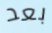
بعد